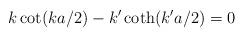
LaTeX: \begin{align*}k\cot(ka/2)-k'\coth(k'a/2)=0\end{align*}